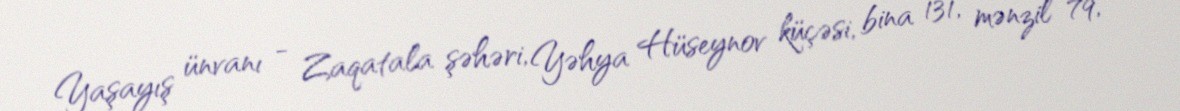
Yaşayış ünvanı - Zaqatala şəhəri, Yəhya Hüseynov küçəsi, bina 131, mənzil 79,